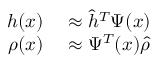
\begin{array} { r l } { h ( x ) } & { { } \approx \hat { h } ^ { T } \Psi ( x ) } \\ { \rho ( x ) } & { { } \approx \Psi ^ { T } ( x ) \hat { \rho } } \end{array}